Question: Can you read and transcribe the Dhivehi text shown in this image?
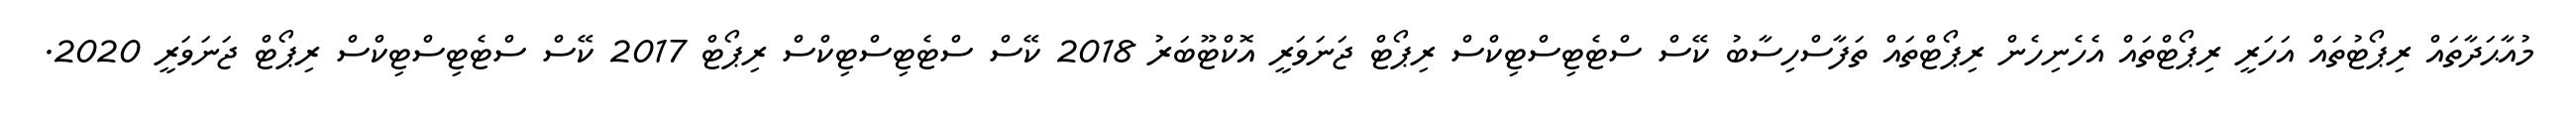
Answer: މުއާޙަދާތައް ރިޕޯޓުތައް އަހަރީ ރިޕޯޓްތައް އެހެނިހެން ރިޕޯޓްތައް ތަފާސްހިސާބު ކޭސް ސްޓެޓިސްޓިކްސް ރިޕޯޓް ޖަނަވަރީ އޮކްޓޫބަރު 2018 ކޭސް ސްޓެޓިސްޓިކްސް ރިޕޯޓް 2017 ކޭސް ސްޓެޓިސްޓިކްސް ރިޕޯޓް ޖަނަވަރީ 2020.